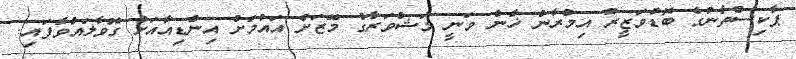
ޕާކިސްތާނުގެ ބޮޑުވަޒީރު އިމްރާން ޚާން ވަނީ މަޝްވަރާގެ މޭޒަށް އައުމަށް އިންޑިއާއަށް ގޮވާލައްވާފައި.